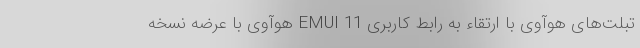
تبلت‌های هوآوی با ارتقاء به رابط کاربری EMUI 11 هوآوی با عرضه نسخه